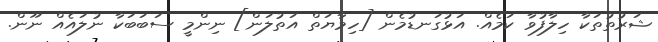
ޝަރުތުތަކާ ހިލާފުވާ ކަމެއް. އަޅުގަނޑުމެން [ހިމާޔަތް އަތުލަން] ނިންމީ ސަބަބަކާ ނުލައެއް ނޫން.